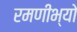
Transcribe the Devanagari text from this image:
रमणीभ्यो